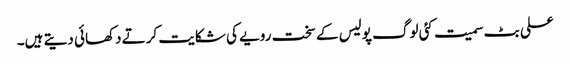
علی بٹ سمیت کئی لوگ پولیس کے سخت رویے کی شکایت کرتے دکھائی دیتے ہیں۔